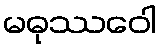
မဓုဿဝေါ